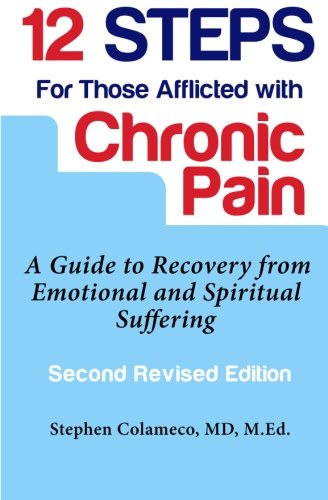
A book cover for Twelve Steps for Those Afflicted with Chronic Pain: A Guide to Recovery from Emotional and Spiritual Suffering; Stephen Colameco; Health, Fitness & Dieting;